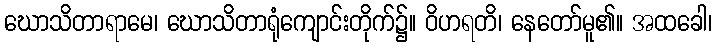
ဃောသိတာရာမေ၊ ဃောသိတာရုံကျောင်းတိုက်၌။ ဝိဟရတိ၊ နေတော်မူ၏။ အထခေါ၊